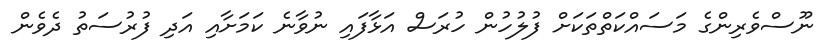
ނޫސްވެރިންގެ މަސައްކަތްތަކަށް ފުލުހުން ހުރަސް އަޅާފައި ނުވާނެ ކަމަށާއި އަދި ފުރުސަތު ދެވެން